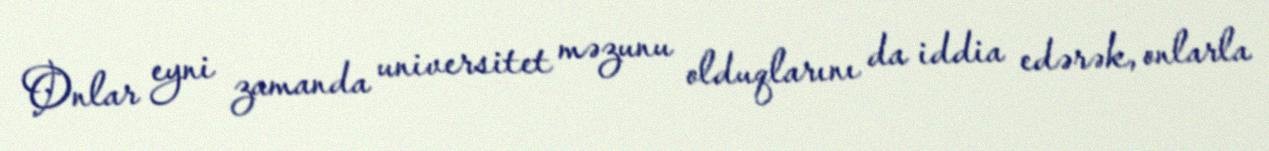
Onlar eyni zamanda universitet məzunu olduqlarını da iddia edərək, onlarla